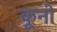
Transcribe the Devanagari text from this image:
कूनो